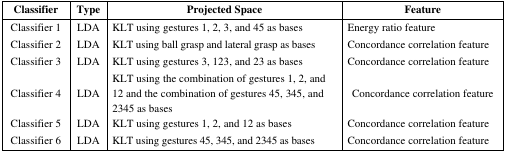
| Classifier | Type | Projected Space | Feature |
 | --- | --- | --- | --- |
 | Classifier 1 | LDA | KLT using gestures 1, 2, 3, and 45 as bases | Energy ratio feature |
 | Classifier 2 | LDA | KLT using ball grasp and lateral grasp as bases | Concordance correlation feature |
 | Classifier 3 | LDA | KLT using gestures 3, 123, and 23 as bases | Concordance correlation feature |
 | Classifier 4 | LDA | KLT using the combination of gestures 1, 2, and 12 and the combination of gestures 45, 345, and 2345 as bases | Concordance correlation feature |
 | Classifier 5 | LDA | KLT using gestures 1, 2, and 12 as bases | Concordance correlation feature |
 | Classifier 6 | LDA | KLT using gestures 45, 345, and 2345 as bases | Concordance correlation feature |